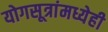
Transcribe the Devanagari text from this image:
योगसूत्रांमध्येही